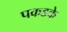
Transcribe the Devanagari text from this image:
पकडके